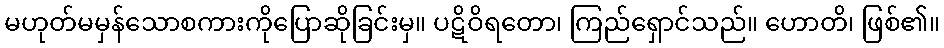
မဟုတ်မမှန်သောစကားကိုပြောဆိုခြင်းမှ။ ပဋိဝိရတော၊ ကြည်ရှောင်သည်။ ဟောတိ၊ ဖြစ်၏။